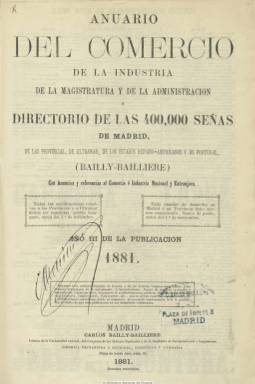
Título: Anuario del comercio, de la industria, de la magistratura y de la administración
Colección: Guías y directorios || Almanaques
Ámbito geográfico: Madrid
Lugar de publicación: Madrid
Fechas: 01/01/1881-31/12/1911

Continuación, a partir de 1881, del Anuario-almanaque del comercio, de la industria, de la magistratura y de la administración que, en 1879, había comenzado a editar el librero madrileño Carlos Bailly-Baillière, y más tarde lo harán sus hijos, al estilo de los que se publican en otros países de Europa y en Estados Unidos, y que sigue la estructura del francés Annuaire-almanach, de Diderot-Bottin. Es una guía que contiene centenares de miles de datos de las personas que integran las instituciones del Estado y de las provincias en todos sus sectores (político, educativo, militar, religioso, judicial, etc.) y de los profesionales y oficios, comercios, negocios, fábricas e industrias, tanto relativos a España como de los países de Ultramar y de hispano-américa, y que incorpora a partir de 1881 también a Portugal.

Comienza con los datos generales de las instituciones estatales (Casa Real, Cortes, etc.), para a continuación ofrecerlos por provincias, y en estas, por partidos judiciales y municipios. Inicia el epígrafe de cada una de las provincias con un resumen de datos generales sobres las mismas (población, listado de diputados, carreteras, agricultura, principales instituciones, etc.). Más adelante insertará también un mapa y el escudo de la capital. Ofrece también datos correspondientes, por ejemplo, a las principales disposiciones oficiales, a asociaciones, entidades, organizaciones, párrocos o los principales contribuyentes. También da información sobre los aranceles aduaneros y las tarifas de telégrafos y de transportes.

Para su elaboración, su editor cuenta con corresponsales o agentes propios en todas las capitales de provincia y en los diversos países, contando también con los datos que le son facilitados por las propias instituciones y los mismos profesionales, comerciantes e industriales. Y cada año procede a revisar los datos erróneos que aparecen en el anuario anterior.

Inserta también una abundante publicidad comercial, generalmente acompañada de grabados de los productos comerciales e industriales, de maquinaria, de las sedes de los negocios o de las fábricas de las industrias. Esta publicidad es tanto provincial, nacional como extranjera. Asimismo, algunos profesionales, comercios e industrias  van siendo resaltados a través de alardes tipográficos en las relaciones provinciales que se ofrecen.

La publicación fue declarada oficialmente de utilidad pública y premiada en numerosas exposiciones. Cada volumen cuenta con diferentes índices. Uno sectorial por oficios, profesiones o tipo de comercios o industrias, y otro geográfico, comportándose este como un nomenclátor. También confecciona un índice de sus anunciantes. Al final, insertará un índice general.

El anuario irá aumentando cada año de paginación, desde las 2.000 páginas hasta alcanzar volúmenes que superan las 6.000. En la colección de la Biblioteca Nacional faltan los anuarios correspondientes a los años 1889-1893, 1895 y 1907, además, en el de 1896 solamente consta la segunda parte. Debido al estado de la colección y a la ingente paginación de sus volúmenes, la digitalización del año 1886 está dividida en 64 entregas, y algunos años posteriores en diversas partes. Algunos carecen de portada y primeras páginas.

Después de treinta y tres años publicándose bajo este título, en 1912 se funde con la guía catalana Anuario-Riera (Barcelona: 1896-1911), para seguir editándose, iniciando su segunda época y numeración, bajo el título Anuario general de España (1912-1978), el cual no se ha incluido en esta Hemeroteca Digital al estar sujeto a derechos de propiedad intelectual.